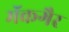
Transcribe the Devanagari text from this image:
मॅकगैर